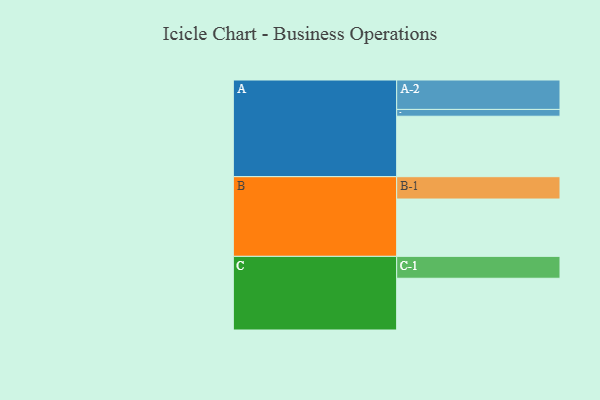
{"axis": {"x": "Segment", "y": "Value"}, "legend": ["", "A", "B", "C"], "data": [{"x": "A", "y": 561, "type": ""}, {"x": "B", "y": 532, "type": ""}, {"x": "C", "y": 480, "type": ""}, {"x": "A-1", "y": 63, "type": "A"}, {"x": "A-2", "y": 273, "type": "A"}, {"x": "B-1", "y": 207, "type": "B"}, {"x": "C-1", "y": 203, "type": "C"}]}